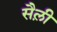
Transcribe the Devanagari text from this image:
सैल़ी